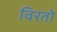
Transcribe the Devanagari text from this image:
विरतो